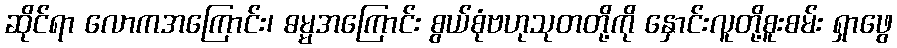
ဆိုင်ရာ လောကအကြောင်း၊ ဓမ္မအကြောင်း စွယ်စုံဗဟုသုတတို့ကို နှောင်းလူတို့စူးစမ်း ရှာဖွေ